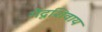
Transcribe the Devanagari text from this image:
मेंदूशिवाय